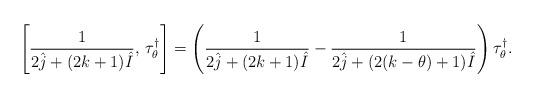
LaTeX: \begin{align*}\left[\frac{1}{2\hat{j} + (2k + 1) \hat{I}}, \, \tau^\dagger_\theta\right] = \left(\frac{1}{2\hat{j} + (2k + 1) \hat{I}} - \frac{1}{2\hat{j} + (2(k-\theta)+1) \hat{I}}\right) \tau^\dagger_\theta.\end{align*}